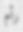
رأم